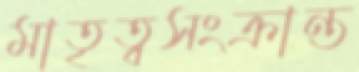
মাতৃত্বসংক্রান্ত